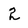
Character: 2